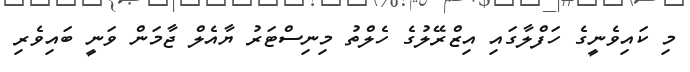
މި ކައިވެނީގެ ހަފްލާގައި އިޒްރޭލުގެ ހެލްތު މިނިސްޓަރު ޔާއެލް ޖާމަން ވަނީ ބައިވެރި